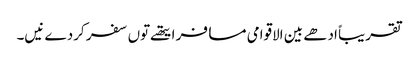
تقریباً ادھے بین الاقوامی مسافر ایتھ‏ے تو‏ں سفر کردے نیں۔